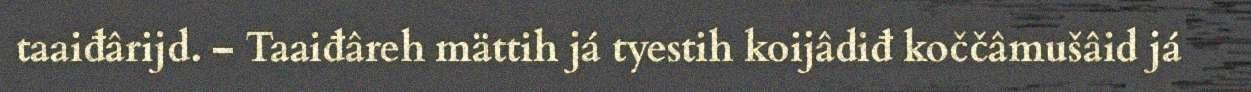
taaiđârijd. – Taaiđâreh mättih já tyestih koijâdiđ koččâmušâid já